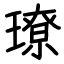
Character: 璙